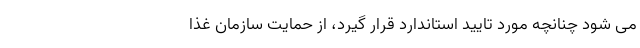
می شود چنانچه مورد تایید استاندارد قرار گیرد، از حمایت سازمان غذا